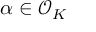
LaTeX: \alpha \in { \mathcal { O } } _ { K }